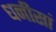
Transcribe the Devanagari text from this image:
धनीसां